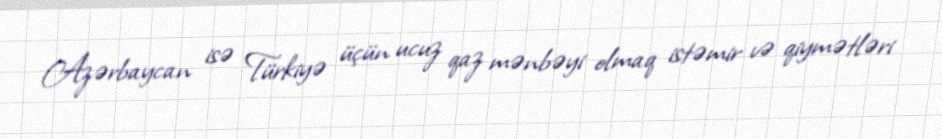
Azərbaycan isə Türkiyə üçün ucuz qaz mənbəyi olmaq istəmir və qiymətləri